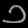
Digit: ၁